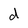
Character: d